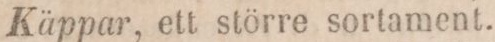
Käppar, ett större sortament.